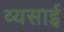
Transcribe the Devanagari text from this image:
व्यसाई